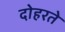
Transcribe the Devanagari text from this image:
दोहरते